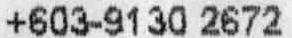
+603-9130 2672